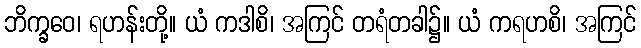
ဘိက္ခဝေ၊ ရဟန်းတို့။ ယံ ကဒါစိ၊ အကြင် တရံတခါ၌။ ယံ ကရဟစိ၊ အကြင်